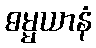
ဓမ္မယာနံ